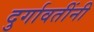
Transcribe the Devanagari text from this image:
दुर्गावतींनी